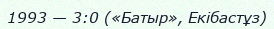
1993 — 3:0 («Батыр», Екібастұз)